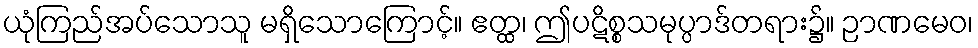
ယုံကြည်အပ်သောသူ မရှိသောကြောင့်။ ဧတ္ထ၊ ဤပဋိစ္စသမုပ္ပာဒ်တရား၌။ ဉာဏမေဝ၊